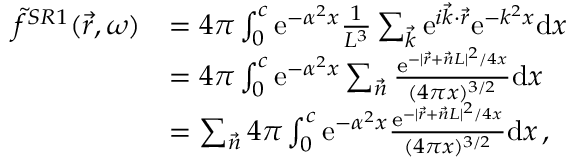
\begin{array} { r l } { \Tilde { f } ^ { S R 1 } ( \vec { r } , \omega ) } & { = 4 \pi \int _ { 0 } ^ { c } \mathrm { e } ^ { - \alpha ^ { 2 } x } \frac { 1 } { L ^ { 3 } } \sum _ { \vec { k } } \mathrm { e } ^ { i \vec { k } \cdot \vec { r } } \mathrm { e } ^ { - k ^ { 2 } x } \mathrm { d } x } \\ & { = 4 \pi \int _ { 0 } ^ { c } \mathrm { e } ^ { - \alpha ^ { 2 } x } \sum _ { \vec { n } } \frac { \mathrm { e } ^ { - \vert \vec { r } + \vec { n } L \vert ^ { 2 } / 4 x } } { ( 4 \pi x ) ^ { 3 / 2 } } \mathrm { d } x } \\ & { = \sum _ { \vec { n } } 4 \pi \int _ { 0 } ^ { c } \mathrm { e } ^ { - \alpha ^ { 2 } x } \frac { \mathrm { e } ^ { - \vert \vec { r } + \vec { n } L \vert ^ { 2 } / 4 x } } { ( 4 \pi x ) ^ { 3 / 2 } } \mathrm { d } x \, , } \end{array}